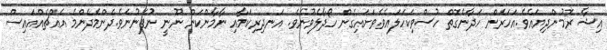
އިޝާ ރޮމުންދިޔައެވެ.އަހަރެން ހަދާނެގޮތް ހުސްވިކަހަލައެވެ.ވަށައިގެން ހޯދާލެވުނެވެ. އަނދިރިކަމާއި ނާމާންކަން ނޫނީ ނުފެނުނެވެ.ދެންމެދެންމެ އެއްޗެއްއައިސް